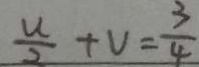
\frac { u } { 2 } + V = \frac { 3 } { 4 }